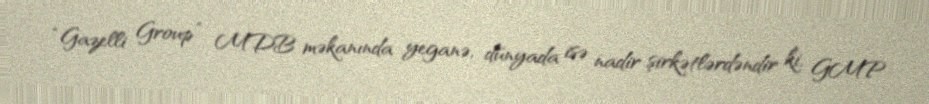
“Gazelli Group” MDB məkanında yeganə, dünyada isə nadir şirkətlərdəndir ki, GMP